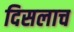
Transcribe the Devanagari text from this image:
दिसलाच